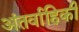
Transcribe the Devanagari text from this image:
अंतर्वाहिकी